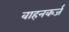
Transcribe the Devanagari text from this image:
वाहनकर्ज